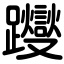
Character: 躞